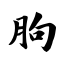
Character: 朐